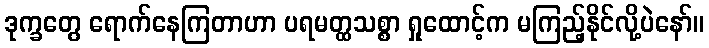
ဒုက္ခတွေ ရောက်နေကြတာဟာ ပရမတ္ထသစ္စာ ရှုထောင့်က မကြည့်နိုင်လို့ပဲနော်။